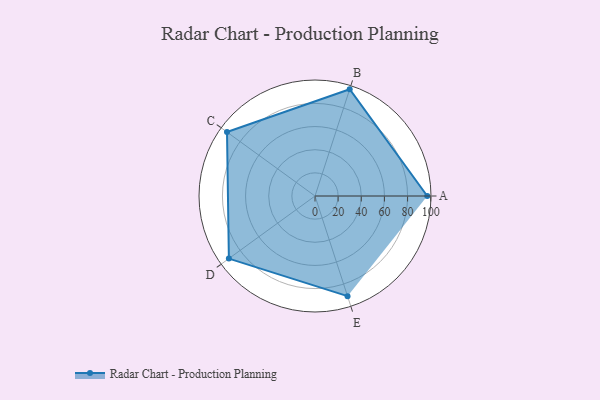
{"axis": {"x": "Skill", "y": "Score"}, "legend": ["Profile"], "data": [{"x": "A", "y": 97.0, "type": "Profile"}, {"x": "B", "y": 97.0, "type": "Profile"}, {"x": "C", "y": 94.0, "type": "Profile"}, {"x": "D", "y": 92.0, "type": "Profile"}, {"x": "E", "y": 91.0, "type": "Profile"}]}